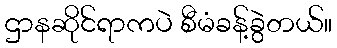
ဌာနဆိုင်ရာကပဲ စီမံခန့်ခွဲတယ်။